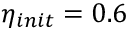
\eta _ { i n i t } = 0 . 6